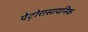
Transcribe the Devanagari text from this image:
पेट्रोरासायनिक